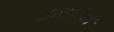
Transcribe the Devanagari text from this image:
कलकों